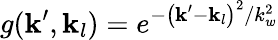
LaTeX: g(\textbf{k}^{\prime},\textbf{k}_{l})=e^{-\left(\textbf{k}^{\prime}-\textbf{k}_{l}\right)^{2}/k_{w}^{2}}